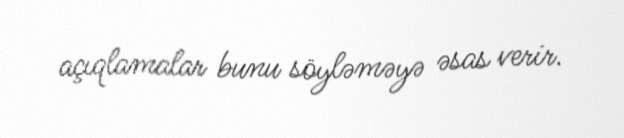
açıqlamalar bunu söyləməyə əsas verir.